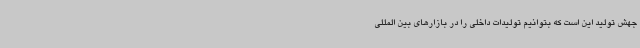
جهش تولید این است که بتوانیم تولیدات داخلی را در بازارهای بین المللی